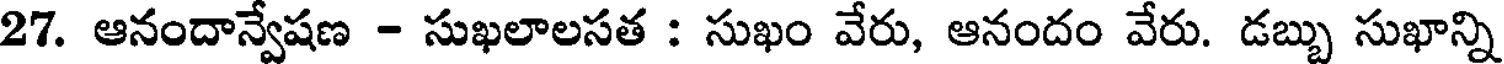
27. ఆనందాన్వేషణ - సుఖలాలసత : సుఖం వేరు, ఆనందం వేరు. డబ్బు సుఖాన్ని